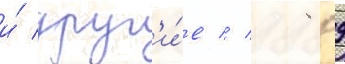
и́ друг'и́е // 1989